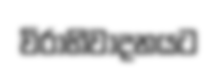
විරාභිවාදනයට